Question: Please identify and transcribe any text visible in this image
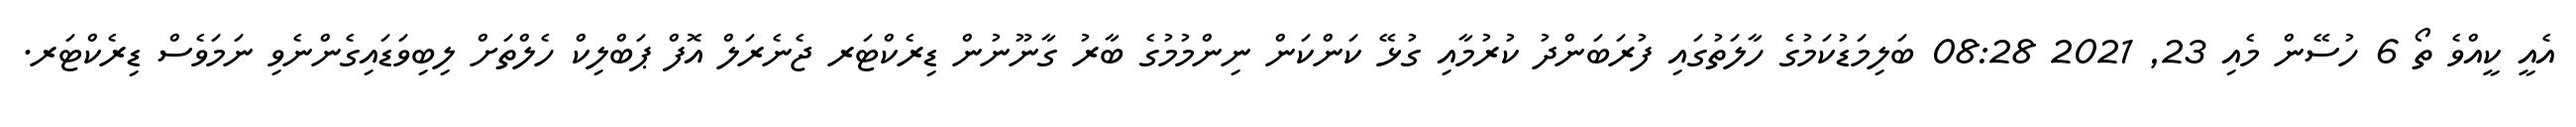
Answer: އެއީ ކީއްވެ ތޯ 6 ހުސޭން މެއި 23, 2021 08:28 ބަލިމަޑުކަމުގެ ހާލަތުގައި ފުރަބަންދު ކުރުމާއި ގުޅޭ ކަންކަން ނިންމުމުގެ ބާރު ގާނޫނުން ޑިރެކްޓަރ ޖެނެރަލް އޮފް ޕަބްލިކް ހެލްތަށް ލިބިވަޑައިގެންނެވި ނަމަވެސް ޑިރެކްޓަރ.